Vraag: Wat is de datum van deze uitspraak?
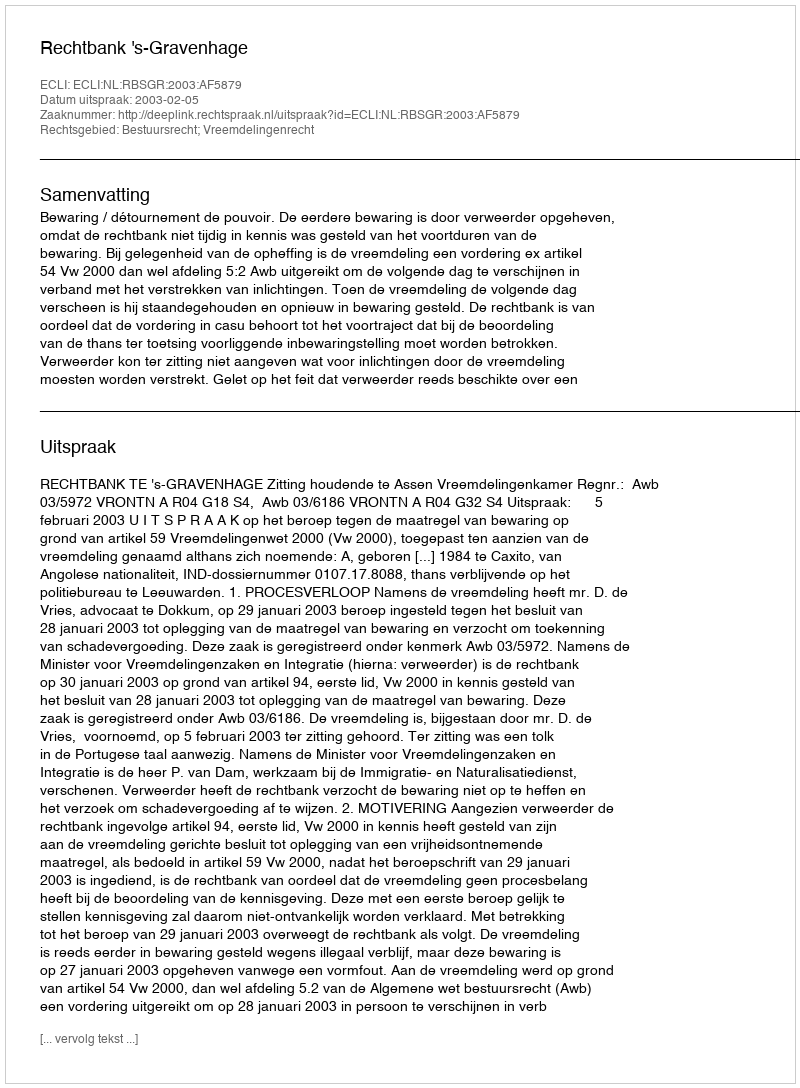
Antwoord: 2003-02-05